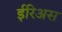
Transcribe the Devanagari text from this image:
ईरिअस